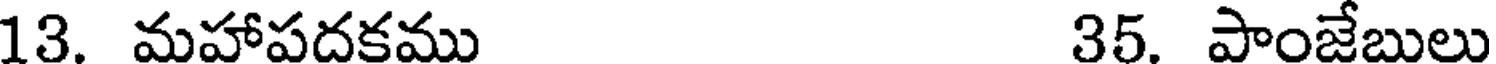
13. మహాపదకము 35. పాంజేబులు